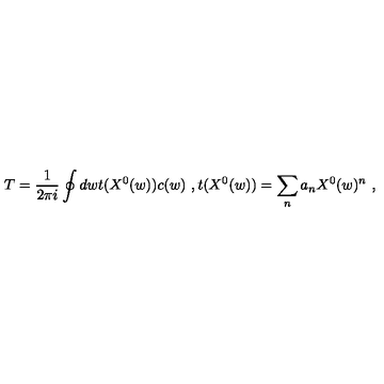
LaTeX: T = \frac { 1 } { 2 \pi i } \oint d w t ( X ^ { 0 } ( w ) ) c ( w ) \ , t ( X ^ { 0 } ( w ) ) = \sum _ { n } a _ { n } X ^ { 0 } ( w ) ^ { n } \ ,